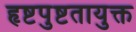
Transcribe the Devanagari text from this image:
हृष्टपुष्टतायुक्त